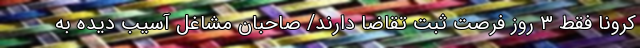
کرونا فقط ۳ روز فرصت ثبت تقاضا دارند/ صاحبان مشاغل آسیب ‌دیده به